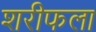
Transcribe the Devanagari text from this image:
शरीफला